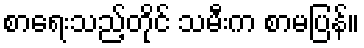
စာရေးသည့်တိုင် သမီးက စာမပြန်။